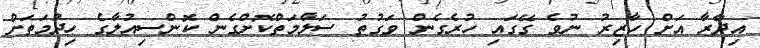
އިދާރާ އަށް ހާޒިރު ނުވެ ގޭގައި ހުރެގެން ވަގުތު ސަލާމަތްކޮށްގެން ކޮންސިއުލާގެ ހިދުމަތަށް